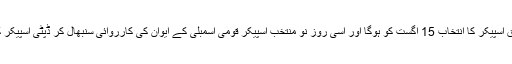
حلف برداری سے قبل اسپیکر نے نئے اسپیکرو ڈپٹی اسپیکر کے انتخاب کا اعلان کیا، جس کے مطابق اسپیکر کا انتخاب 15 اگست کو ہوگا اور اسی روز نو منتخب اسپیکر قومی اسمبلی کے ایوان کی کارروائی سنبھال کر ڈپٹی اسپیکر کا الیکشن کروائیں گے، اسپیکر اور ڈپٹی اسپیکر کے لیے انتخاب خفیہ رائے شماری کے ذریعے ہوگا